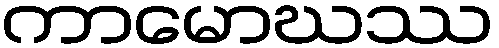
ကာမောဃဿ